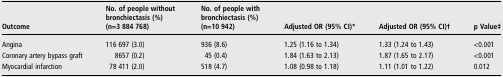
| Outcome | No. of people without bronchiectasis (%)(n=3 884 768) | No. of people with bronchiectasis (%)(n=10 942) | Adjusted OR (95% CI)* | Adjusted OR (95% CI)† | p Value‡ |
 | --- | --- | --- | --- | --- | --- |
 | Angina | 116 697 (3.0) | 936 (8.6) | 1.25 (1.16 to 1.34) | 1.33 (1.24 to 1.43) | <0.001 |
 | Coronary artery bypass graft | 8657 (0.2) | 45 (0.4) | 1.84 (1.63 to 2.13) | 1.87 (1.65 to 2.17) | <0.001 |
 | Myocardial infarction | 78 411 (2.0) | 518 (4.7) | 1.08 (0.98 to 1.18) | 1.11 (1.01 to 1.22) | 0.012 |